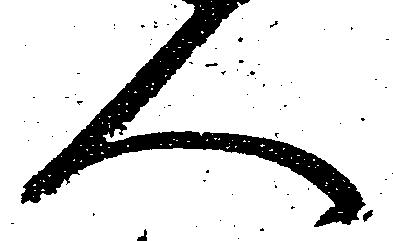
人